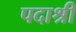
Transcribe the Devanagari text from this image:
पदाश्री